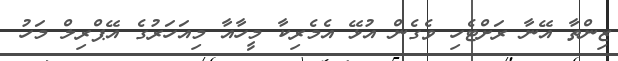
ޒިންތާ އޭނާ ރަށްޓެހި ވެގެން އުޅޭ އެމެރިކާ މީހާއާ މިއަހަރުގެ އޭޕްރިލް މަހު